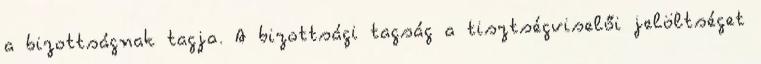
a bizottságnak tagja. A bizottsági tagság a tisztségviselői jelöltséget